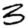
Digit: 3